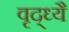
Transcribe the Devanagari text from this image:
वृद्ध्यै